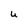
Character: u